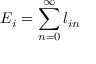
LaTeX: E _ { i } = \sum _ { n = 0 } ^ { \infty } l _ { i n }